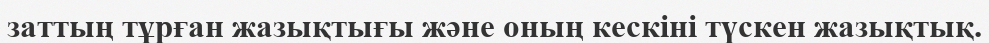
заттың тұрған жазықтығы және оның кескіні түскен жазықтық.